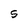
Character: S